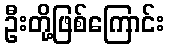
ဦးတို့ဖြစ်ကြောင်း